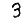
Digit: 3